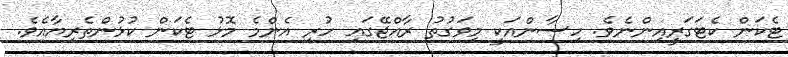
ޓެކަން ކެޓަގަރީއިންނެވެ. ހިސާންއަކީ މިވަގުތު ރާއްޖޭގައި ހުރި އެންމެ މޮޅު ޓެކަން ކުޅުންތެރިޔާއެވެ.